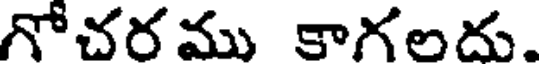
గోచరము కాగలదు.